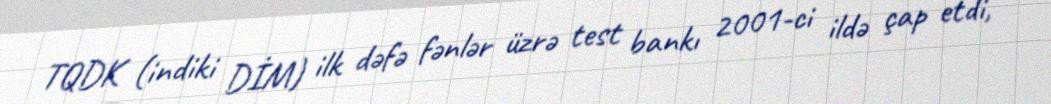
TQDK (indiki DİM) ilk dəfə fənlər üzrə test bankı 2001-ci ildə çap etdi,